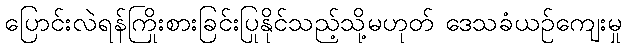
ပြောင်းလဲရန်ကြိုးစားခြင်းပြုနိုင်သည့်သို့မဟုတ် ဒေသခံယဉ်ကျေးမှု